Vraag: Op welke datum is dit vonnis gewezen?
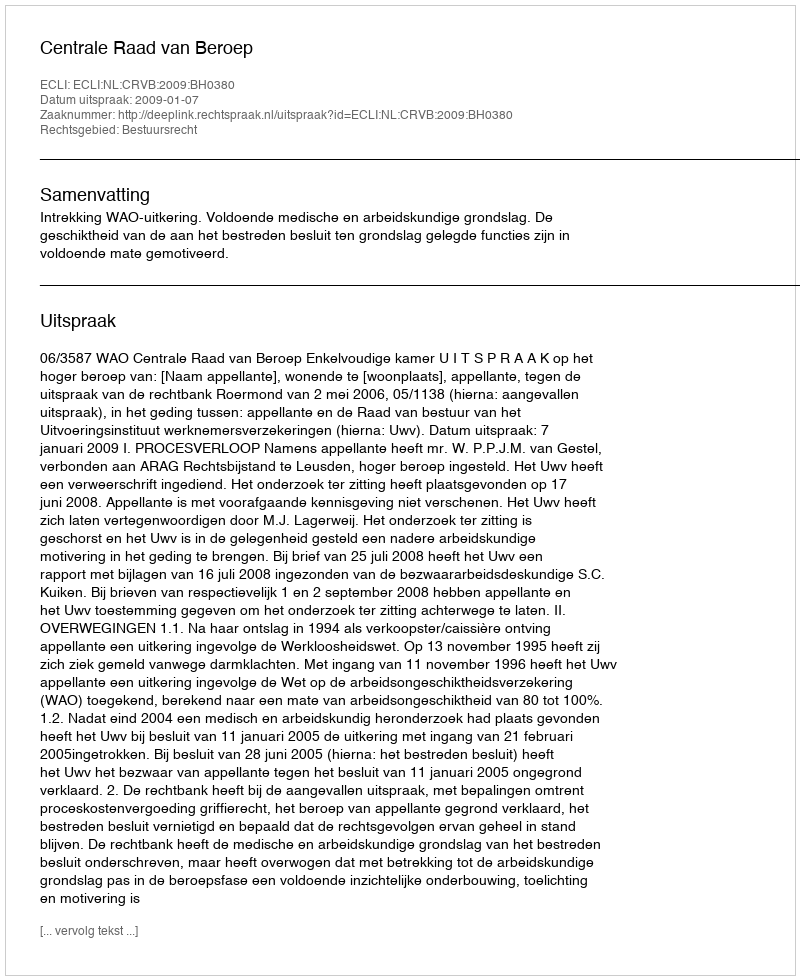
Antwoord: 2009-01-07